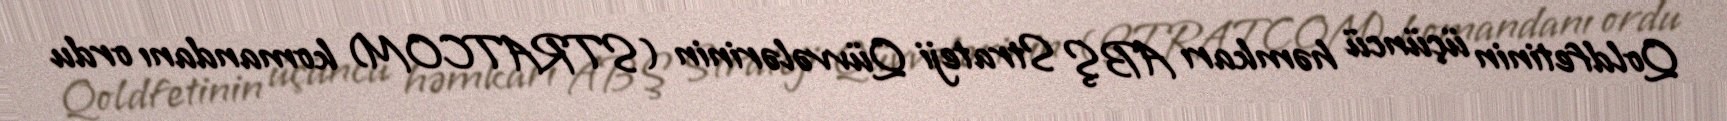
Qoldfetinin üçüncü həmkarı ABŞ Strateji Qüvvələrinin (STRATCOM) komandanı ordu